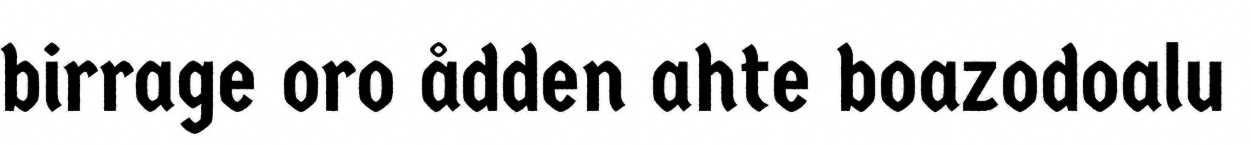
birrage oro ådden ahte boazodoalu